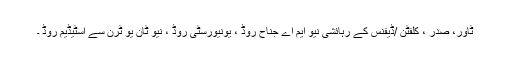
ٹاور، صدر ، کلفٹن /ڈیفنس کے رہائشی نیو ایم اے جناح روڈ ، یونیورسٹی روڈ ، نیو ٹان یو ٹرن سے اسٹیڈیم روڈ ۔